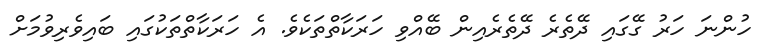
ހުންނަ ހަރު ގޭގައި ދޭތެރެ ދޭތެރެއިން ބޭއްވި ހަރަކާތްތަކެވެ. އެ ހަރަކާތްތަކުގައި ބައިވެރިވުމަށް